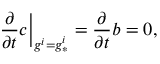
\left. { \frac { \partial } { \partial t } } c \right| _ { g ^ { i } = g _ { * } ^ { i } } = { \frac { \partial } { \partial t } } b = 0 ,